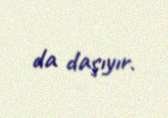
da daşıyır.